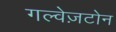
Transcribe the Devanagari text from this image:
गल्वेज़टोन